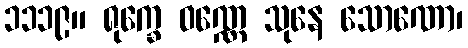
၁၁၁၉။ ရုက္ခေ ဝဏ္ဏေ သုနေ သောဏော၊